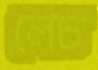
লেচ